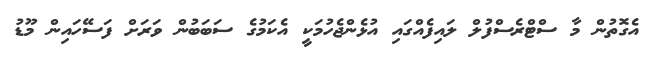
އެގޮތުން މާ ސްޓްރެސްފުލް ލައިފެއްގައި އުޅެންޖެހުމަކީ އެކަމުގެ ސަބަބުން ވަރަށް ފަސޭހައިން މޫޑު